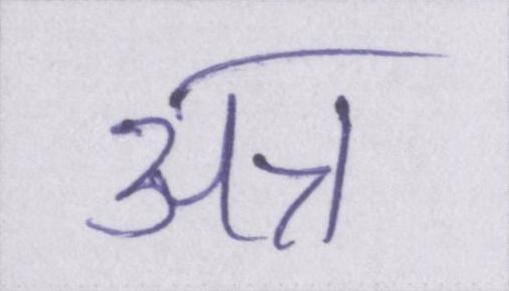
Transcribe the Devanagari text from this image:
अन्न